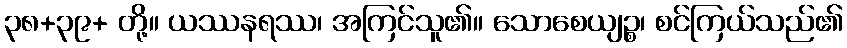
၃၈+၃၉+ တို့။ ယဿနရဿ၊ အကြင်သူ၏။ သောစေယျဉ္စ၊ စင်ကြယ်သည်၏